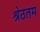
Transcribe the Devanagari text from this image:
श्रेठतम